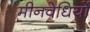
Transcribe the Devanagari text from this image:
मीनवेधियों